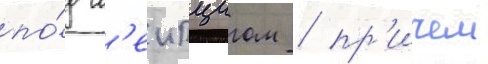
по́д л'еипцигом / пр'ичем